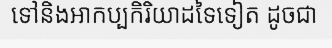
ទៅនិងអាកប្បកិរិយាដទៃទៀត ដូចជា